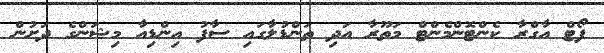
ފޯޓް އާގްރާ ކެންޓޮންމެންޓް މަތޫރާ އަދި ތަންޑުލާގައި ސާފު އިންޑިއާ މިޝަންގެ ދަށުން